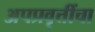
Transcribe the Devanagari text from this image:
अपप्रवृत्तींचा